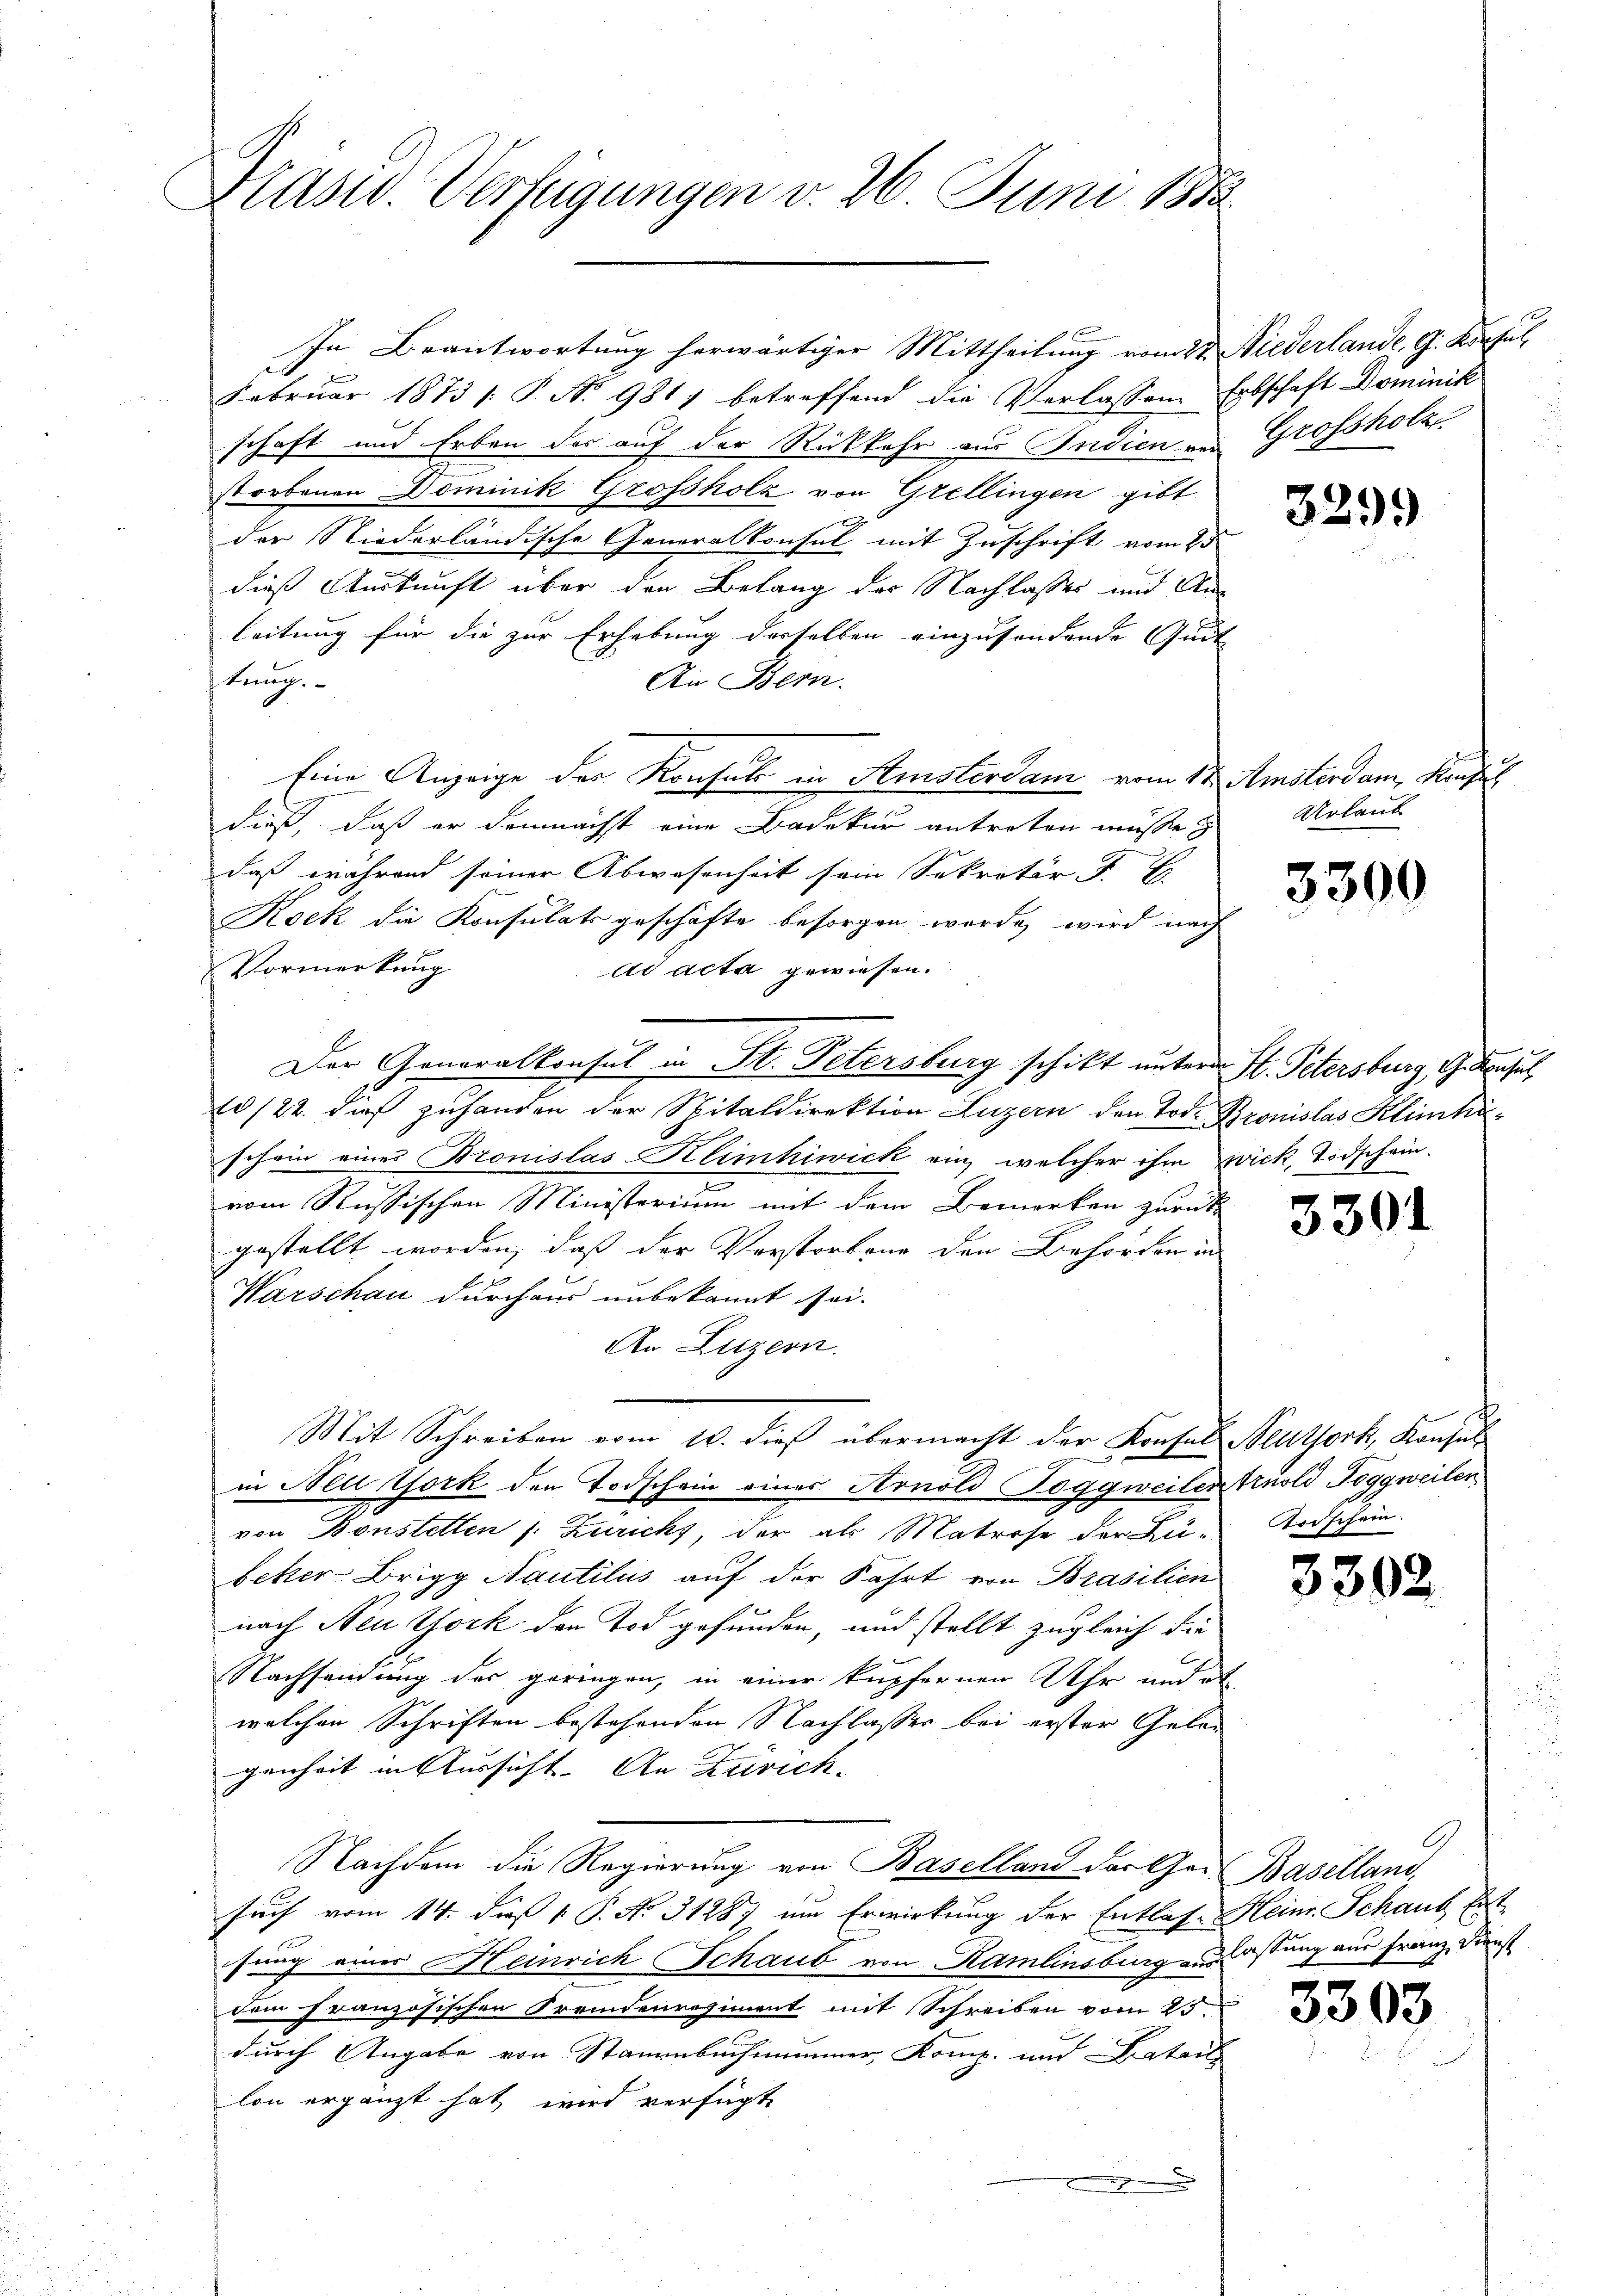
Krasw. Verfügungen v. 26. Juni 183

In Beantwortung herwärtiger Mittheilung vom 23. Niederlande G. Konsul
Februar 1873 /: P. N. 981 betreffend die Verlassen Erbschaft Dominik
schaft und Erben der auf der Rückkehr aus Indien und Grossholze
storbenen Dominik Grossholz von Grellingen gibt
der Stiederländische Generalkonsul mit Zuschrift vom 25
dieß Auskunft über den Belang der Nachlasses und Anleitung für die zur Erhebung derselben einzusondende Quit
tung.
An Bern.
Eine Anzeige der Konsul in Amsterdam vom 17. Amsterdam, Konfes
dieß, daß er demnächst eine Badekur antreten müsse &
daß während seiner Abwesenheit sein Sekretär v. 7.
Kock die Konsulats geschäfte besorgen werde, wird nach
Vormerkung
ad acta gewiesen.
Der Generalkonsul in St. Petersburg schikt unterm St. Petersburg, Gesuc
10/22. dies zuhanden der Spitaldirektion Luzern den Tode. Bronislas Klimhäschein einer Bronislas Klimhiwick ein, welcher ihm wick, Todschein.
E
vom Russischen Ministerium mit dem Bemerken zurück
gestellt worden, daß der Verstorben den Behörden an
Warschau durchaus unbekannt sei.
An Luzern.
Mit Schreiben vom 10. dieß übermacht der Konsul Neuthork, Konsul
in Neu York den Todschein eines Arnold Poggweilen truold Toggweilen
von Bonstetten (: Zurichs, der als Matrose der Zu-
beker Brigg Nautilus auf der Fahrt von Brasilien
nach Neuthork den Tod gefunden, und stellt zugleich die
Nachsendung des geringen, in einer kupfernen Uhr und et
welchen Schriften bestehenden Nachlasser bei erster Gelan
genheit in Aussicht. An Zürich.
Nachdem die Regierung von Baselland der Ger Baselland,
such vom 14. daß 1. P. No. 31287 um Erwirkung der Entlas. Heinr. Schaut Ent
fung eines Heinrich Schaub von Ramlinsburg zu lastung aus Franz Dienst
dem französischen Fremdenregiment mit Schreiben vom 25.
durch Angabe von Stammenbachimmer Komp. und Batails
lon ergänzt hat wird verfügt

3299

Urlaub

3300

3301

Todschein.

3392.

9

3303